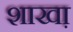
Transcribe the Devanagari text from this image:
शाखा़